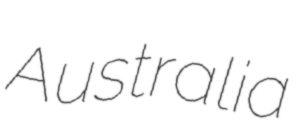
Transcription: Australia